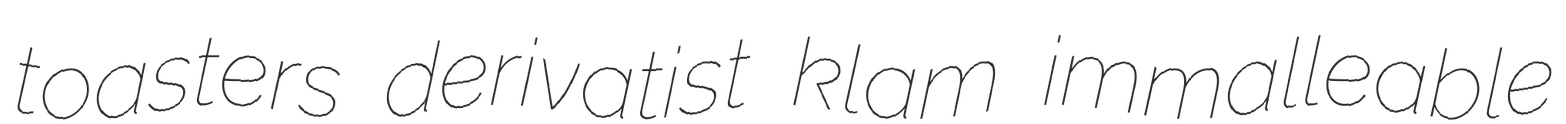
toasters derivatist klam immalleable